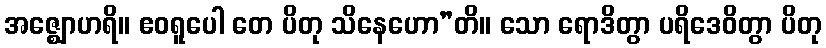
အဇ္ဈောဟရိ။ ဧဝရူပေါ တေ ပိတု သိနေဟော”တိ။ သော ရောဒိတွာ ပရိဒေဝိတွာ ပိတု